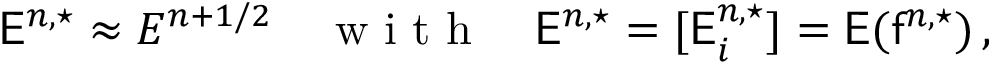
\mathsf { E } ^ { n , \star } \approx E ^ { n + 1 / 2 } \quad \mathrm { ~ w ~ i ~ t ~ h ~ } \quad \mathsf { E } ^ { n , \star } = [ \mathsf { E } _ { i } ^ { n , \star } ] = \mathsf { E } ( \mathsf { f } ^ { n , \star } ) \, ,